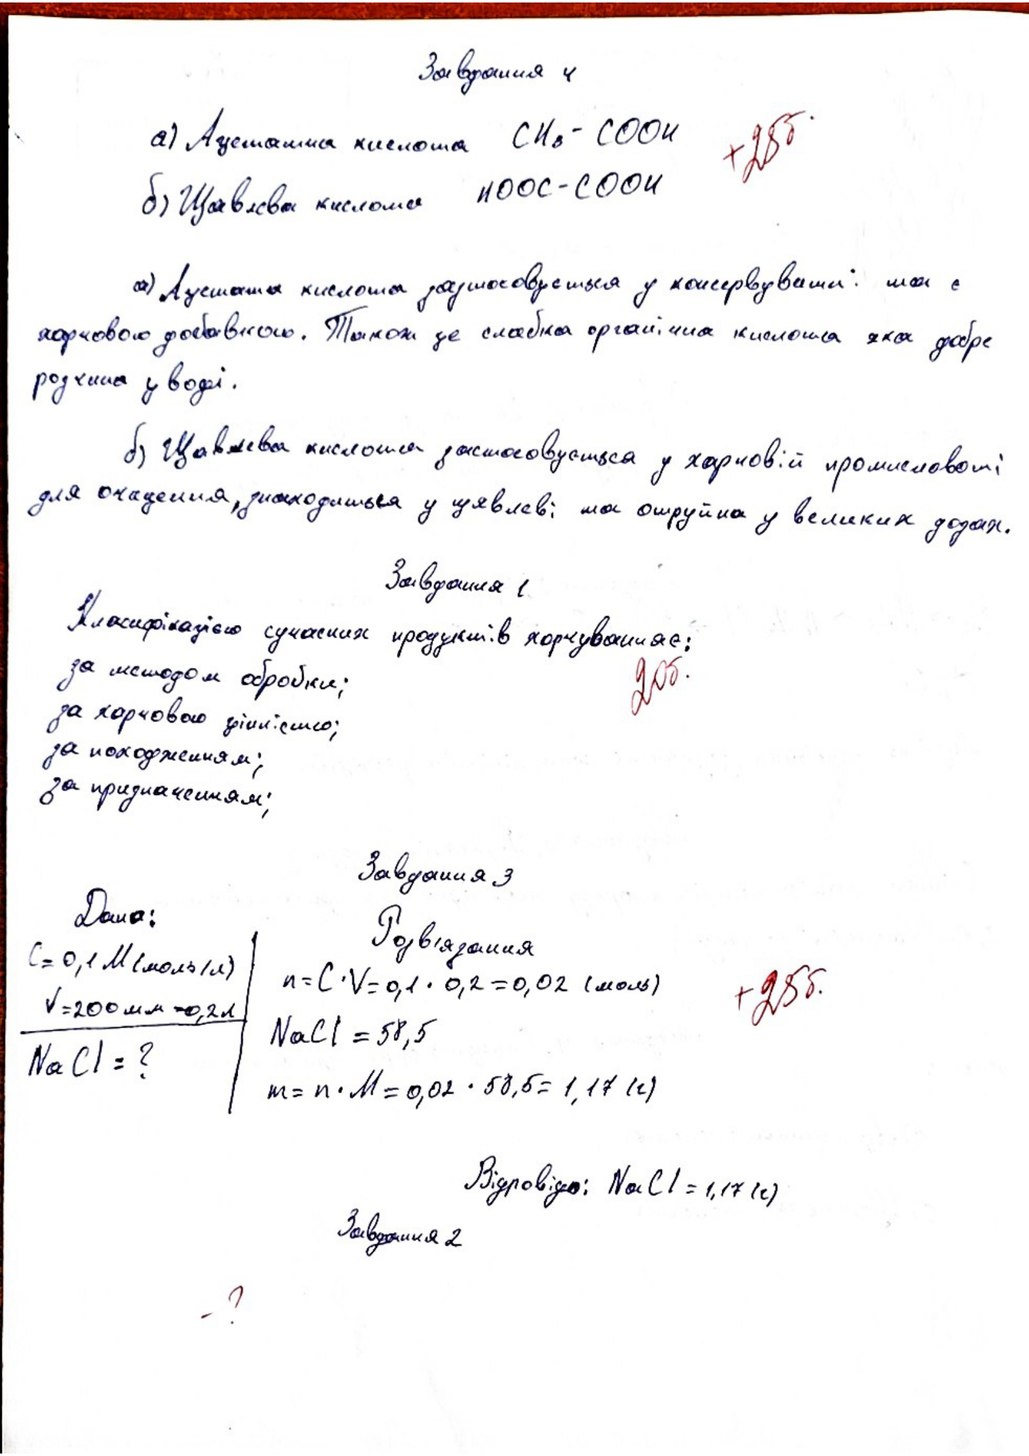
Завдання 4
+25б.
a) Ацетатна кислота CH3-COOH
б) Щавлева кислота HOOC-COOH
а) Ацетатна  кислота застосовується у консервуванні та є
харчовою добавкою. Також це слабка органічна кислота яка добре
розчинна у воді.
б) Щавлева кислота застосовується у харчовій промисловості
для очищення, знаходиться у щавлеві та отруйна у великих дозах.
Завдання 1.
Класифікацією сучасних продуктів харчування є:
20б.
за методом обробки;
за харчовою цінністю;
за похождениям;
за призначенням ;
Завдання 3
Дано:
Розв'язання
C = 0,1 M (моль/л)
+25б.
n = C · V = 0,1 · 0,2 = 0,02 (моль)
V=200 мл = 0,2 л
NaCl = 58,5
NaCl = ?
m = n ⋅ M = 0,02 ⋅58,5 = 1,17 (г)
Відповідь: NaCl = 1,17 (г)
Завдання 2
- ?